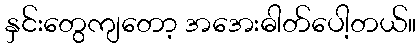
နှင်းတွေကျတော့ အအေးဓါတ်ပေါ့တယ်။